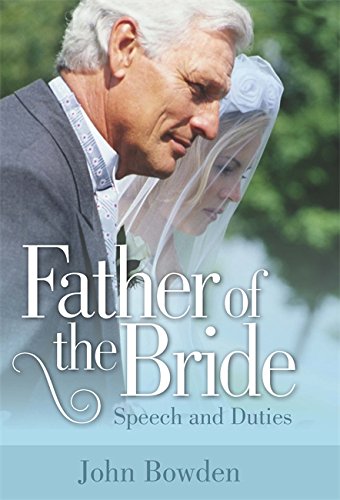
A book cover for Father of the Bride: Speech and Duties; John Bowden; Crafts, Hobbies & Home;